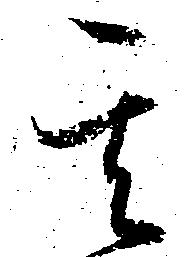
其